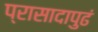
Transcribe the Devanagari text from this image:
प्रासादापुढं